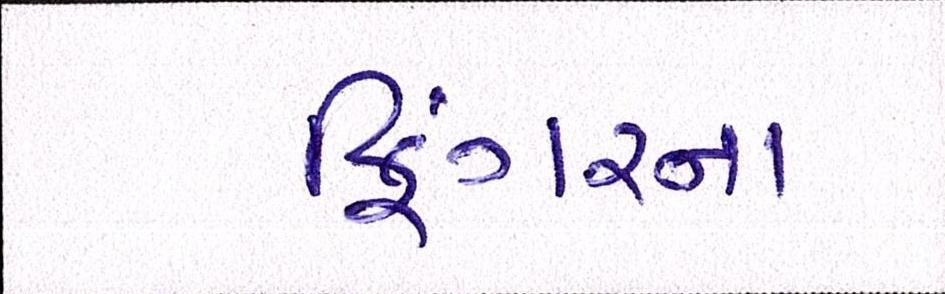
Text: ફિંગરના